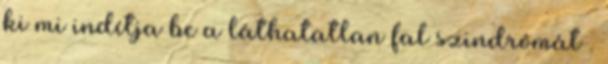
ki mi indítja be a láthatatlan fal szindrómát .